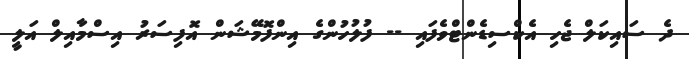
ދެ ސައިކަލް ޖެހި އެކްސިޑެންޓްވެފައި -- ފުލުހުންގެ އިންފޮމޭޝަން އޮފިސަރު އިސްމާއިލް އަލީ